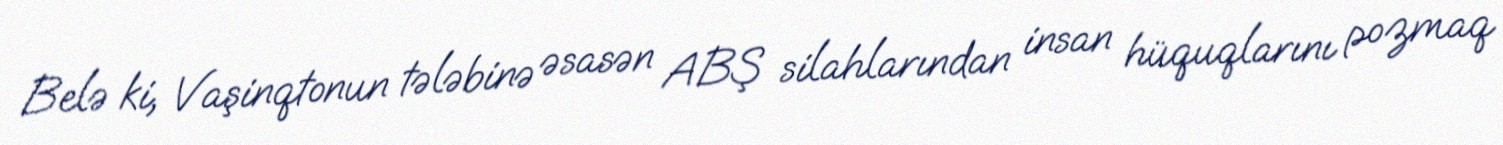
Belə ki, Vaşinqtonun tələbinə əsasən ABŞ silahlarından insan hüquqlarını pozmaq